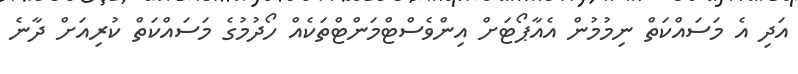
އަދި އެ މަސައްކަތް ނިމުމުން އެއާޕޯޓަށް އިންވެސްޓްމަންޓްތަކެއް ހޯދުމުގެ މަސައްކަތް ކުރިއަށް ދާނެ